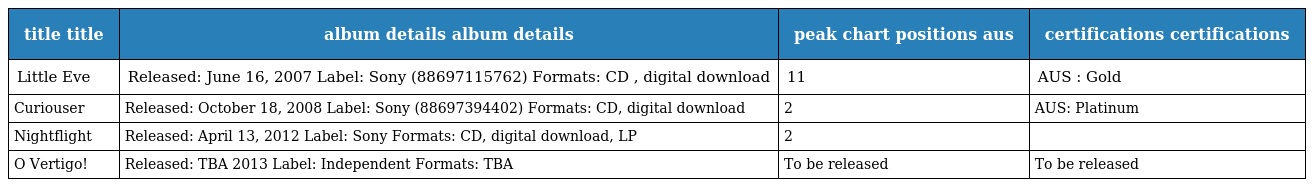
| title title | album details album details | peak chart positions aus | certifications certifications |
 | --- | --- | --- | --- |
 | Little Eve | Released: June 16, 2007 Label: Sony (88697115762) Formats: CD , digital download | 11 | AUS : Gold |
 | Curiouser | Released: October 18, 2008 Label: Sony (88697394402) Formats: CD, digital download | 2 | AUS: Platinum |
 | Nightflight | Released: April 13, 2012 Label: Sony Formats: CD, digital download, LP | 2 |  |
 | O Vertigo! | Released: TBA 2013 Label: Independent Formats: TBA | To be released | To be released |